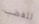
للغضب